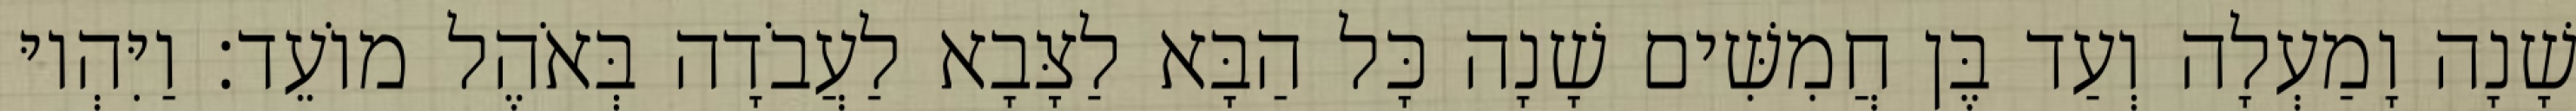
שָׁנָה וָמַעְלָה וְעַד בֶּן חֲמִשִּׁים שָׁנָה כָּל הַבָּא לַצָּבָא לַעֲבֹדָה בְּאֹהֶל מוֹעֵד׃ וַיִּהְיוּ